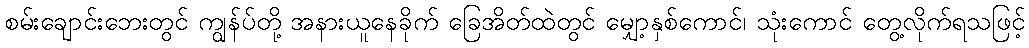
စမ်းချောင်းဘေးတွင် ကျွန်ပ်တို့ အနားယူနေခိုက် ခြေအိတ်ထဲတွင် မျှော့နှစ်ကောင်၊ သုံးကောင် တွေ့လိုက်ရသဖြင့်